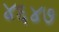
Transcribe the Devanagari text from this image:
४६४७